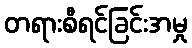
တရားစီရင်ခြင်းအမှု